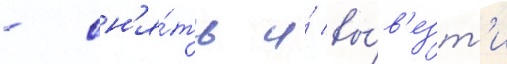
- сн'я́ть и́ вы́в'езт'и